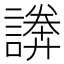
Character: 𧫵